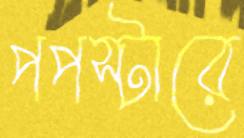
পপস্টারে